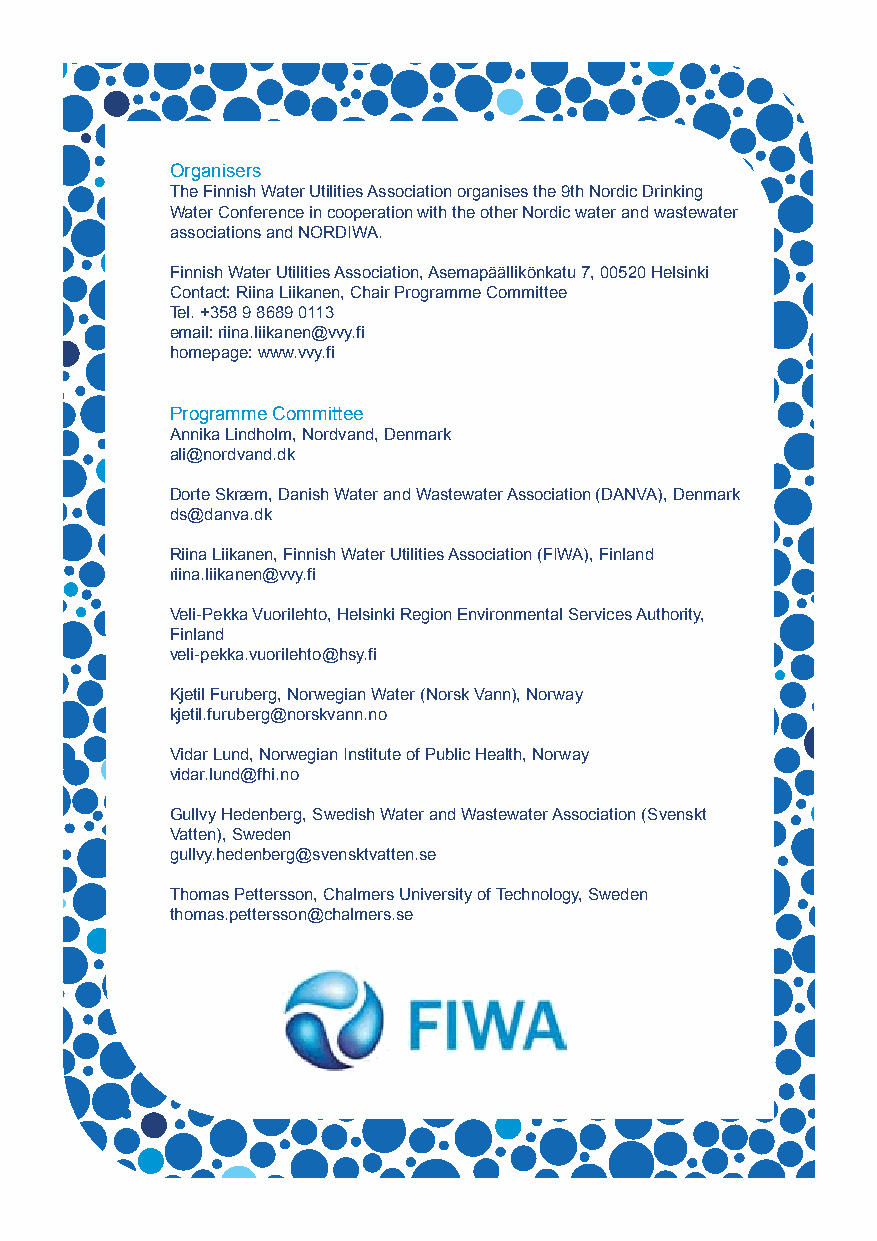
Organisers
 The Finnish Water Utilities Association organises the 9th Nordic Drinking
 Water Conference in cooperation with the other Nordic water and wastewater
 associations and NORDIWA.
 Finnish Water Utilities Association, Asemapäällikönkatu 7, 00520 Helsinki
 Contact: Riina Liikanen, Chair Programme Committee
 Tel. +358 9 8689 0113
 email: riina.liikanen@vvy.fi
 homepage: www.vvy.fi
 Programme Committee
 Annika Lindholm, Nordvand, Denmark
 ali@nordvand.dk
 Dorte Skræm, Danish Water and Wastewater Association (DANVA), Denmark
 ds@danva.dk
 Riina Liikanen, Finnish Water Utilities Association (FIWA), Finland
 riina.liikanen@vvy.fi
 Veli-Pekka Vuorilehto, Helsinki Region Environmental Services Authority,
 Finland
 veli-pekka.vuorilehto@hsy.fi
 Kjetil Furuberg, Norwegian Water (Norsk Vann), Norway
 kjetil.furuberg@norskvann.no
 Vidar Lund, Norwegian Institute of Public Health, Norway
 vidar.lund@fhi.no
 Gullvy Hedenberg, Swedish Water and Wastewater Association (Svenskt
 Vatten), Sweden
 gullvy.hedenberg@svensktvatten.se
 Thomas Pettersson, Chalmers University of Technology, Sweden
 thomas.pettersson@chalmers.se